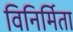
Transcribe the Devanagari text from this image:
विनिर्मिता